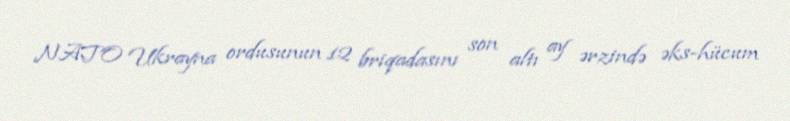
NATO Ukrayna ordusunun 12 briqadasını son altı ay ərzində əks-hücum